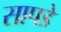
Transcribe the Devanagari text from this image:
सापडे